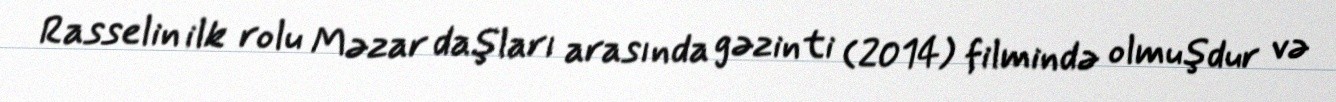
Rasselin ilk rolu Məzar daşları arasında gəzinti (2014) filmində olmuşdur və